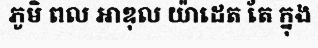
ភូមិ ពល អាឌុល យ៉ាដេត តែ ក្នុង